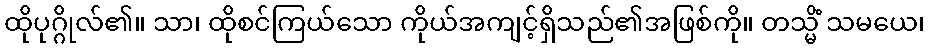
ထိုပုဂ္ဂိုလ်၏။ သာ၊ ထိုစင်ကြယ်သော ကိုယ်အကျင့်ရှိသည်၏အဖြစ်ကို။ တသ္မိံ သမယေ၊